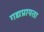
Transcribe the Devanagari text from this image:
गद्यप्रायता